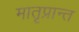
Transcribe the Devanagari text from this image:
मातृप्रान्त